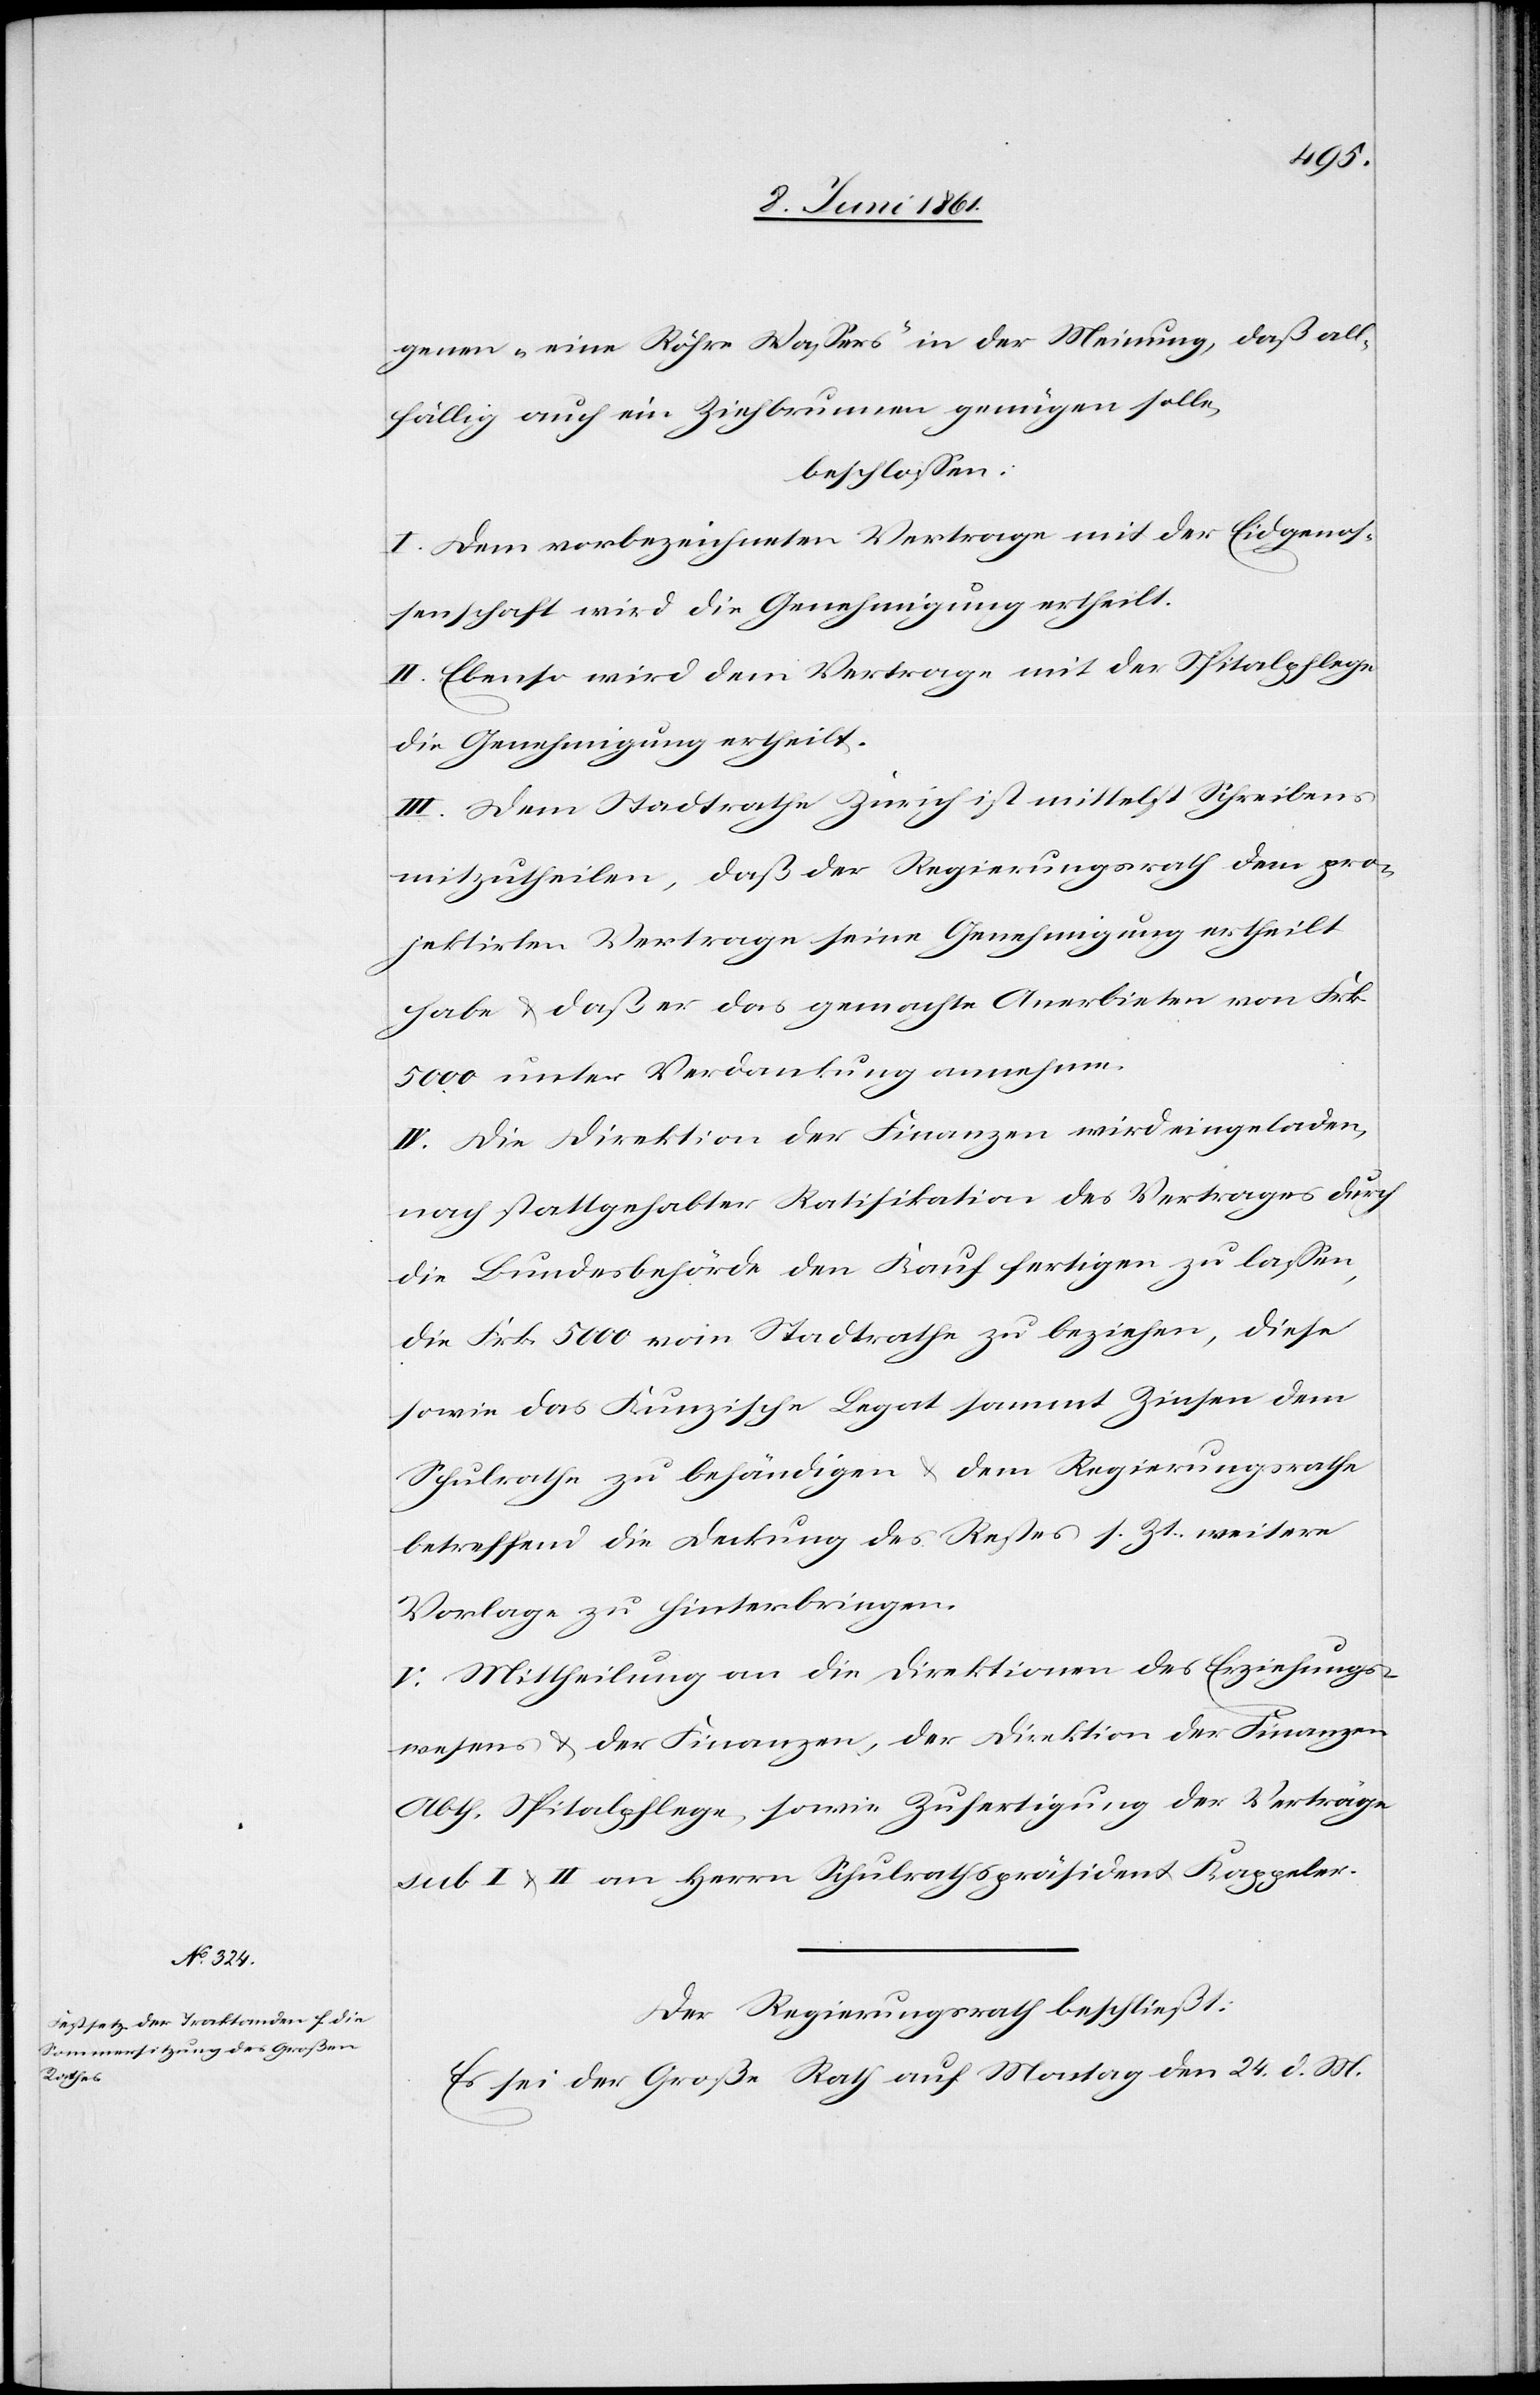
genen „eine Röhre Wassers“ in der Meinung, daß all¬
fällig auch ein Ziehbrunnen genügen solle,
beschlossen:
I. Dem vorbezeichneten Vertrage mit der Eidgenos¬
senschaft wird die Genehmigung ertheilt.
II. Ebenso wird dem Vertrage mit der Spitalpflege
die Genehmigung ertheilt.
III. Dem Stadtrathe Zürich ist mittelst Schreiben
mitzutheilen, daß der Regierungsrath dem pro¬
jektirten Vertrage seine Genehmigung ertheilt
habe u. daß er das gemachte Anerbieten von Frk.
5000 unter Verdankung annehme.
IV. Die Direktion der Finanzen wird eingeladen,
nach stattgehabter Ratifikation des Vertrages durch
die Bundesbehörde den Kauf fertigen zu lassen,
die Frk. 5000 vom Stadtrathe zu beziehen, diese
sowie das Kunzische Legat sammt Zinsen dem
Schulrathe zu behändigen u. dem Regierungsrathe
betreffend die Deckung des Restes s. Zt. weitere
Vorlage zu hinterbringen.
V. Mittheilung an die Direktion des Erziehungs¬
wesens u. der Finanzen, der Direktion der Finanzen
Abth. Spitalpflege, sowie Zufertigung der Verträge
sub I u. II an Herrn Schulrathspräsident Kappeler.
Der Regierungsrath beschließt:
Es sei der Große Rath auf Montag den 24. d. M.